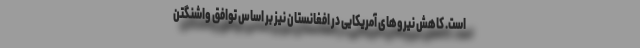
است. کاهش نیروهای آمریکایی در افغانستان نیز بر اساس توافق واشنگتن